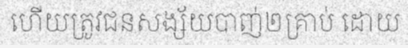
ហើយត្រូវជនសង្ស័យបាញ់២គ្រាប់ ដោយ